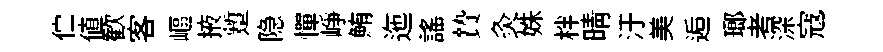
伫値歓客嶇掖蹔隐憚峥鮪迤謡贄灸姝柈晴汙美逅瑯考深寇